Report on horse surra - Volume I
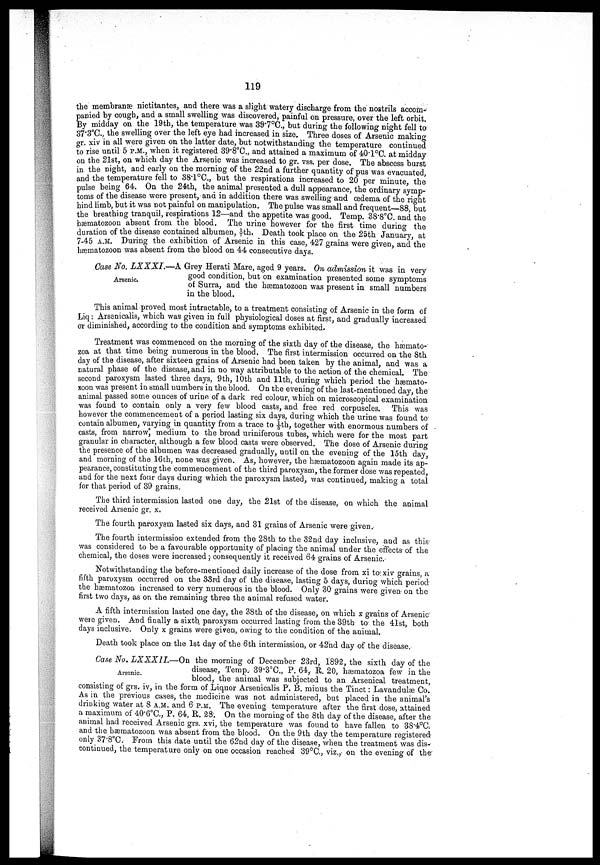
119
the membranæ nictitantes, and there was a slight watery discharge from the nostrils accom
panied by cough, and a small swelling was discovered, painful on pressure, over the left orbit.
By midday on the 19th, the temperature was 39.7°C., but during the following night fell to
37.3°C., the swelling over the left eye had increased in size. Three doses of Arsenic making
or. xiv in all were given on the latter date, but notwithstanding the temperature continued
to rise until 5 P.M., when it registered 39.8°C., and attained a maximum of 40.1 o C. at midday
on the 21st, on which day the Arsenic was increased to gr. vss. per dose. The abscess burst
in the night, and early on the morning of the 22nd a further quantity of pus was evacuated,
and the temperature fell to 38.1°C., but the respirations increased to 20 per minute, the
pulse being 64. On the 24th, the animal presented a dull appearance, the ordinary symp-
toms of the disease were present, and in addition there was swelling and œdema of the right
hind limb, but it was not painful on manipulation. The pulse was small and frequent—88, but
the breathing tranquil, respirations 12—and the appetite was good. Temp. 38.8°C. and the
hæmatozoon absent from the blood. The urine however for the first time during the
duration of the disease contained albumen, 1/7th. Death took place on the 25th January, at
7-45 A.M. During the exhibition of Arsenic in this case, 427 grains were given, and the
hæmatozoon was absent from the blood on 44 consecutive days.
Arsenic.
Case No. LXXXI.—A Grey Herati Mare, aged 9 years. On admission it was in very
good condition, but on examination presented some symptoms
of Surra, and the hæmatozoon was present in small numbers
in the blood.
This animal proved most intractable, to a treatment consisting of Arsenic in the form of
Liq: Arsenicalis, which was given in full physiological doses at first, and gradually increased
or diminished, according to the condition and symptoms exhibited.
Treatment was commenced on the morning of the sixth day of the disease, the hæmato-
zoa at that time being numerous in the blood. The first intermission occurred on the 8th
day of the disease, after sixteen grains of Arsenic had been taken by the animal, and was a
natural phase of the disease, and in no way attributable to the action of the chemical. The
second paroxysm lasted three days, 9 th, 10th and 11th, during which period the hæmato-
zoon was present in small numbers in the blood. On the evening of the last-mentioned day, the
animal passed some ounces of urine of a dark red colour, which on microscopical examination
was found to contain only a very few blood casts, and free red corpuscles. This was
however the commencement of a period lasting six days, during which the urine was found to
contain albumen, varying in quantity from a trace to 1/5th, together with enormous numbers of
casts, from narrow, medium to the broad uriniferous tubes, which were for the most part
granular in character, although a few blood casts were observed. The dose of Arsenic during
the presence of the albumen was decreased gradually, until on the evening of the 15th day,
and morning of the 16th, none was given. As, however, the hæmatozoon again made its ap-
pearance, constituting the commencement of the third paroxysm, the former dose was repeated,
and for the next four days during which the paroxysm lasted, was continued, making a total
for that period of 39 grains.
The third intermission lasted one day, the 21st of the disease, on which the animal
received Arsenic gr. x.
The fourth paroxysm lasted six days, and 31 grains of Arsenic were given.
The fourth intermission extended from the 28th to the 32nd day inclusive, and as this
was considered to be a favourable opportunity of placing the animal under the effects of the
chemical, the doses were increased ;. consequently it received 64 grains of Arsenic-
Notwithstanding the before-mentioned daily increase of the dose from xi to xiv grains, a
fifth paroxysm occurred on the 33rd day of the disease, lasting 5 days, during which period
the hæmatozoa increased to very numerous in the blood. Only 30 grains were given on the
first two days, as on the remaining three the animal refused water.
A fifth intermission lasted one day, the 38th of the disease, on which x grains of Arsenic
were given. And finally a sixth,; paroxysm occurred lasting from the 39th to the 41st, both
days inclusive. Only x grains were given, owing to the condition of the animal.
Death took place on the 1st day of the 6th intermission, or 42nd day of the disease.
Arsenic.
Case No. LXXXIL—On the morning of December 23rd, 1892, the sixth day of the
disease, Temp.. 39.3°C., P. 64, R. 20, hæmatozoa few in the
blood, the animal was subjected to an Arsenical treatment,
consisting of grs. iv, in the form of Liquor Arsenicalis P. B. minus the Tinct : Lavandulæ Co.
As in the previous cases, the medicine was not administered, but placed in the animal's
drinking water at 8 A.M. and 6 P.M. The evening temperature after the first dose, attained
a maximum of 40.6°C., P. 64, R. 28. On the morning of the 8th day of the disease, after the
animal had received Arsenic grs. xvi, the temperature was found to have fallen to 38.4°C.
and the hæmatozoon was absent from the blood. On the 9th day the temperature registered
only 37.8°C. From this date until the 62nd day of the disease, when the treatment was dis-
continued, the temperature only on one occasion reached 39°C, viz., on the evening of the*